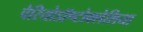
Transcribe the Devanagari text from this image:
पेरियोडॉण्टोक्लेशिया